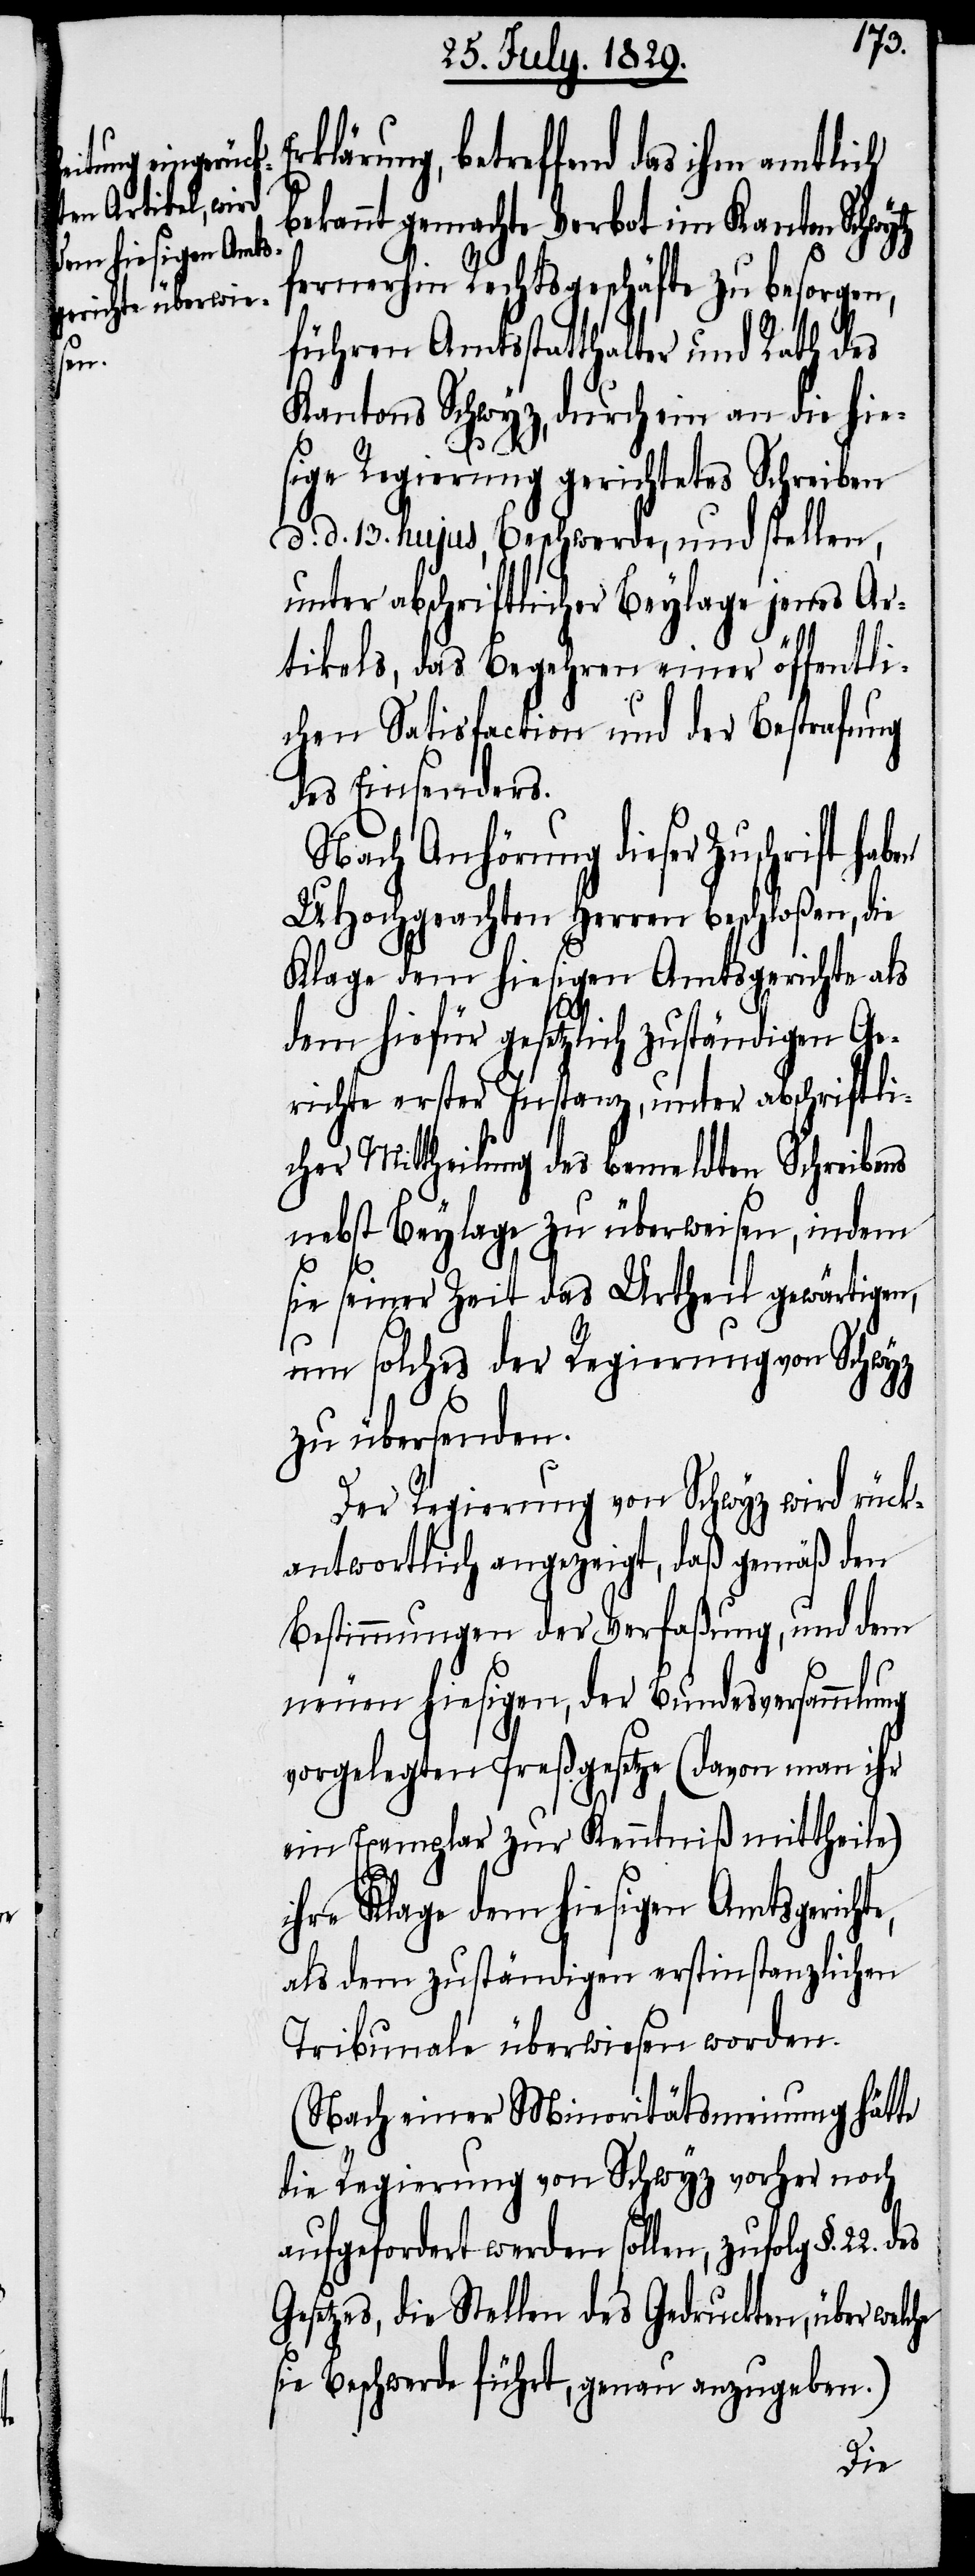
ben

rklärung, betreffend das ihm amtlich
bekannt gemachte Verbot im Kanton Schwytz
fernerhin Rechtsgeschäfte zu besorgen,
führen Amtsstatthalter und Rath des
Kantons Schwyz, durch ein an die hie¬
sige Regierung gerichtetes Schreiben
d. d. 13. hujus, Beschwerde, und stellen,
unter abschriftlicher Beylage jenes Ar¬
he
tikels, das Begehren einer öffentli¬
chen Satisfaction und der Bestrafung
des Einsenders.
Nach Anhörung dieser Zuschrift ha¬
UHochgeachten Herren beschloßen, die
Klage dem hiesigen Amtsgerichte als
dem hiefür gesetzlich zuständigen Ge¬
richte erster Instanz, unter abschriftli¬
cher Mittheilung des bemeldten Schreibens
nebst Beylage zu überweisen, indem
sie seiner Zeit das Urtheil gewärtigen,
um solches der Regierung von Schwyz
zu übersenden.
Der Regierung von Schwyz wird rück¬
antwortlich angezeigt, daß gemäß den
Bestimmungen der Verfaßung, und dem
neuen hiesigen, der Bundesversammlung
vorgelegten Preßgesetze (davon man ihr
ein Exemplar zur Kenntniß mittheile)
ihre Klage dem hiesigen Amtsgericht¬
als dem zuständigen erstinstanzlichen
Tribunale überwiesen worden.
(Nach einer Minoritätsmeinung hätte
die Regierung von Schwyz vorher noch
aufgefordert werden sollen, zufolg §.
Gesetzes, die Stellen des Gedruckten, über welc¬
sie Beschwerde führt, genau anzugeben.)